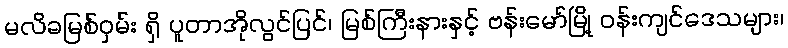
မလိခမြစ်ဝှမ်း ရှိ ပူတာအိုလွင်ပြင်၊ မြစ်ကြီးနားနှင့် ဗန်းမော်မြို့ ဝန်းကျင်ဒေသများ၊